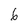
Character: 6